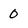
Character: 0